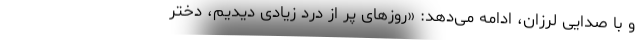
و با صدایی لرزان، ادامه می‌دهد: «روزهای پر از درد زیادی دیدیم، دختر